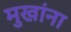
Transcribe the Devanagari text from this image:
मुखांना